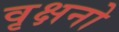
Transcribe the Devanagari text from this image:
वृक्षनो